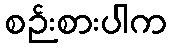
စဉ်းစားပါက